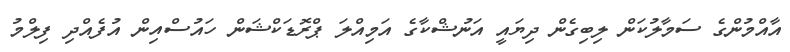
އާއްމުންގެ ސަމާލުކަން ލިބިގެން ދިޔައީ އަނުޝްކާގެ އަމިއްލަ ޕްރޮޑަކްޝަން ހައުސްއިން އުފެއްދި ފިލްމު